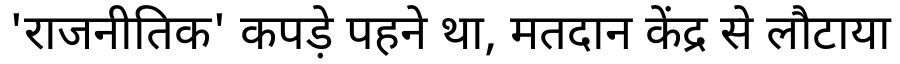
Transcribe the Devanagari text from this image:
'राजनीतिक' कपड़े पहने था, मतदान केंद्र से लौटाया